Lunatic asylums Punjab 1895-1910 - 1895-1910
Year: 1895
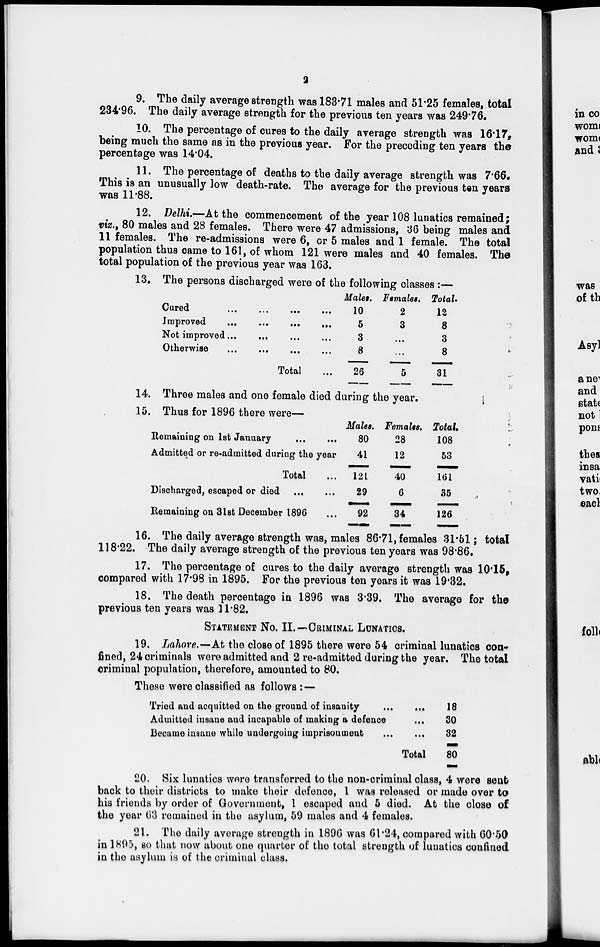
2
9. The daily average strength was 183.71 males and 51.25 females, total
234.96. The daily average strength for the previous ten years was 249.76.
10. The percentage of cures to the daily average strength was 16.17,
being much the same as in the previous year. For the preceding ten years the
percentage was 14.04.
11. The percentage of deaths to the daily average strength was 7.66.
This is an unusually low death-rate. The average for the previous ten years
was 11.88.
12. Delhi.—At the commencement of the year 108 lunatics remained;
viz., 80 males and 28 females. There were 47 admissions, 36 being males and
11 females. The re-admissions were 6, or 5 males and 1 female. The total
population thus came to 161, of whom 121 were males and 40 females. The
total population of the previous year was 163.
13. The persons discharged were of the following classes :—
Cured
...
...
...
...
Improved
...
...
...
...
Not improved
...
...
...
...
Otherwise
...
...
...
...
Total ...
Males.
10
5
3
8
26
Females.
2
3
...
...
5
Total.
12
8
3
8
31
14. Three males and one female died during the year.
15. Thus for 1896 there were—
Remaining on 1st January
...
...
Admitted or re-admitted during the year
Total ...
Discharged, escaped or died
...
...
Remaining on 31st December 1896 ...
Males.
80
41
121
29
92
Females.
28
12
40
6
34
Total.
108
53
161
35
126
16. The daily average strength was, males 86.71, females 31.51; total
118.22. The daily average strength of the previous ten years was 98.86.
17. The percentage of cures to the daily average strength was 10.15,
compared with 17.98 in 1895. For the previous ten years it was 19.32.
18. The death percentage in 1896 was 3.39. The average for the
previous ten years was 11.82.
STATEMENT
No. II.—CRIMINAL LUNATICS.
19. Lahore.—At the close of 1895 there were 54 criminal lunatics con-
fined, 24 criminals were admitted and 2 re-admitted during the year. The total
criminal population, therefore, amounted to 80.
These were classified as follows :—
Tried and acquitted on the ground of insanity
...
...
Admitted insane and incapable of making a defence ...
Became insane while undergoing imprisonment
...
...
Total
18
30
32
80
20. Six lunatics were transferred to the non-criminal class, 4 were sent
back to their districts to make their defence, 1 was released or made over to
his friends by order of Government, 1 escaped and 5 died. At the close of
the year 63 remained in the asylum, 59 males and 4 females.
21. The daily average strength in 1896 was 61.24, compared with 60.50
in 1895, so that now about one quarter of the total strength of lunatics confined
in the asylum is of the criminal class.